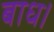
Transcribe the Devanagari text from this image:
बाध।